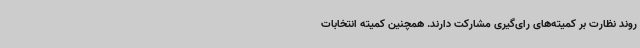
روند نظارت بر کمیته‌های رای‌گیری مشارکت دارند. همچنین کمیته انتخابات